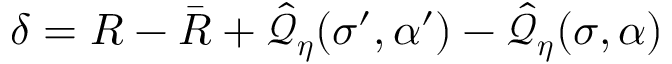
\delta = R - \bar { R } + \hat { \mathcal { Q } } _ { \boldsymbol { \eta } } ( \sigma ^ { \prime } , \alpha ^ { \prime } ) - \hat { \mathcal { Q } } _ { \boldsymbol { \eta } } ( \sigma , \alpha )